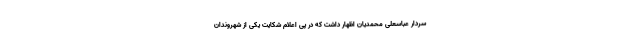
سردار عباسعلی محمدیان اظهار داشت که در پی اعلام شکایت یکی از شهروندان